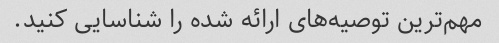
مهم‌ترین توصیه‌های ارائه شده را شناسایی کنید.